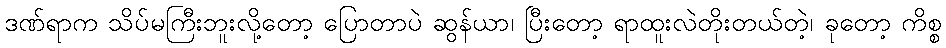
ဒဏ်ရာက သိပ်မကြီးဘူးလို့တော့ ပြောတာပဲ ဆွန်ယာ၊ ပြီးတော့ ရာထူးလဲတိုးတယ်တဲ့၊ ခုတော့ ကိစ္စ